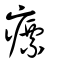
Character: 瘭